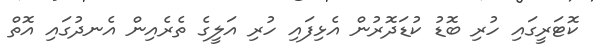
ކޮޓަރީގައި ހުރި ބޮޑު ކުޑަދޮރުން އެޅިފައި ހުރި އަލީގެ ތެރެއިން އެނދުގައި އޮތް